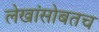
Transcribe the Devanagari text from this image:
लेखांसोबतच